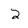
Character: 2